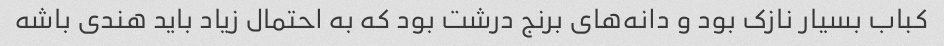
کباب بسیار نازک بود و دانه‌های برنج درشت بود که به احتمال زیاد باید هندی باشه